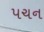
પચન